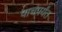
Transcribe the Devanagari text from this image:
पाचपर्यंत